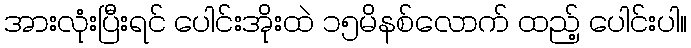
အားလုံးပြီးရင် ပေါင်းအိုးထဲ ၁၅မိနစ်လောက် ထည့် ပေါင်းပါ။